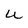
Character: U